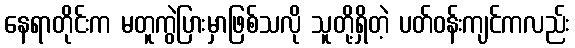
နေရာတိုင်းက မတူကွဲပြားမှာဖြစ်သလို သူတို့ရှိတဲ့ ပတ်ဝန်းကျင်ကလည်း